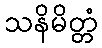
သနိမိတ္တံ